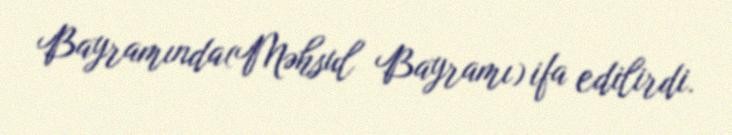
Bayramında(Məhsul Bayramı) ifa edilirdi.